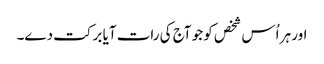
اور ہر اُس شخص کو جو آج کی رات آیا برکت دے۔